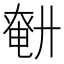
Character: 𢍤